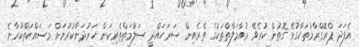
އެފަދަ ޕްރޮގްރާމުތަކާގުޅޭ ގޮތުން ކުރެވޭ މުއާމަލާތްތަކުގެ ތެރެއިން ސަރަހައްދީ ސަލާމަތްތެރިކަން ހަރުދަނާކުރުމަށް މަސައްކަތްކުރާނެ